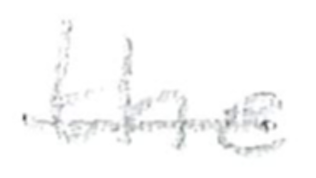
Text: the
Cross-out: single-line
Writing tool: pencil